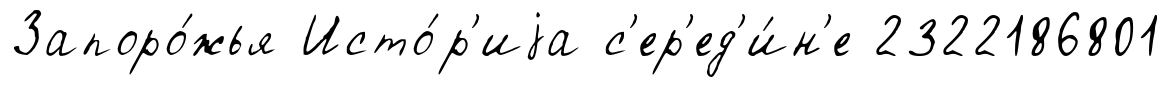
Запоро́жья Исто́р'иjа с'ер'ед'и́н'е 2322186801